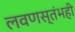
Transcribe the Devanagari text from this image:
लवणस्तंभही